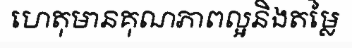
ហេតុមានគុណភាពល្អនិងតម្លៃ